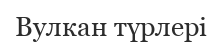
Вулкан түрлері